Report on vaccination in the Province of Bengal - 1869-1873
Year: 1869
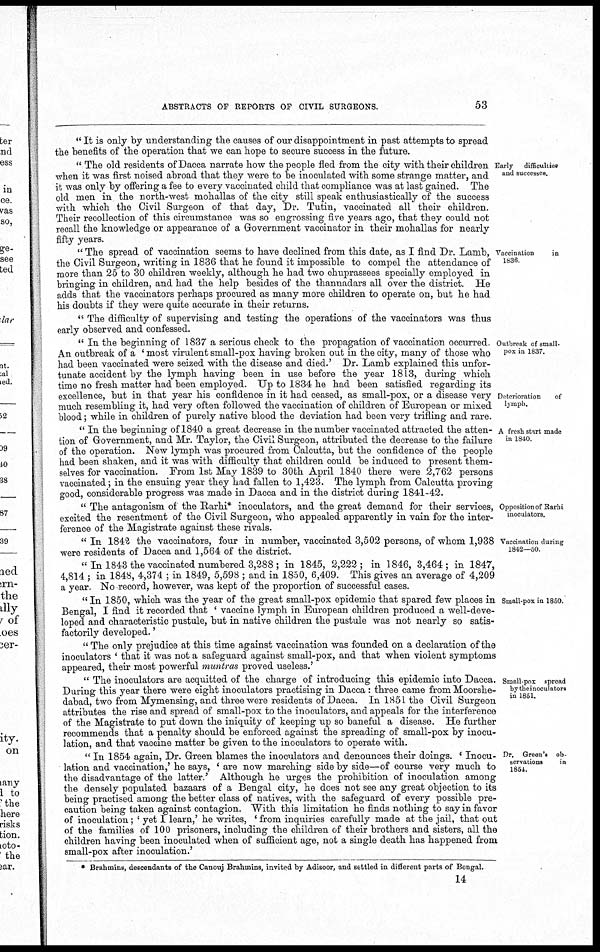
ABSTRACTS OF REPORTS OF CIVIL SURGEONS.
53
" It is only by understanding the causes of our disappointment in past attempts to spread
the benefits of the operation that we can hope to secure success in the future.
Early
difficulties
and successes.
" The old residents of Dacca narrate how the people fled from the city with their children
when it was first noised abroad that they were to be inoculated with some strange matter, and
it was only by offering a fee to every vaccinated child that compliance was at last gained. The
old men in the north-west mohallas of the city still speak enthusiastically of the success
with which the Civil Surgeon of that day, Dr. Tutin, vaccinated all their children.
Their recollection of this circumstance was so engrossing five years ago, that they could not
recall the knowledge or appearance of a Government vaccinator in their mohallas for nearly
fifty years.
Vaccination
in
1836
" The spread of vaccination seems to have declined from this date, as I find Dr. Lamb,
the Civil Surgeon, writing in 1836 that he found it impossible to compel the attendance of
more than 25 to 30 children weekly, although he had two chuprassees specially employed in
bringing in children, and had the help besides of the thannadars all over the district. He
adds that the vaccinators perhaps procured as many more children to operate on, but he had
his doubts if they were quite accurate in their returns.
" The difficulty of supervising and testing the operations of the vaccinators was thus
early observed and confessed.
Outbreak of small-
pox in 1837.
Deterioration
of
lymph.
" In the beginning of 1837 a serious check to the propagation of vaccination occurred
An outbreak of a ' most virulent small-pox having broken out in the city, many of those who
had been vaccinated were seized with the disease and died.' Dr. Lamb explained this unfor-
tunate accident by the lymph having been in use before the year 1813, during which
time no fresh matter had been employed. Up to 1834 he had been satisfied regarding its
excellence, but in that year his confidence in it had ceased, as small-pox, or a disease very
much resembling it, had very often followed the vaccination of children of European or mixed
blood; while in children of purely native blood the deviation had been very trifling and rare.
A fresh start made
in 1840.
" In the beginning of 1840 a great decrease in the number vaccinated attracted the atten-
tion of Government, and Mr. Taylor, the Civil Surgeon, attributed the decrease to the failure
of the operation. New lymph was procured from Calcutta, but the confidence of the people
had been shaken, and it was with difficulty that children could be induced to present them-
selves for vaccination. From 1st May 1839 to 30th April 1840 there were 2,762 persons
vaccinated; in the ensuing year they had fallen to 1,423. The lymph from Calcutta proving
good, considerable progress was made in Dacca and in the district during 1841-42.
Opposition of Rarhi
inoculators.
" The antagonism of the Rarhi* inoculators, and the great demand for their services,
excited the resentment of the Civil Surgeon, who appealed apparently in vain for the inter-
ference of the Magistrate against these rivals.
Vaccination during
1842—50.
" In 1842 the vaccinators, four in number, vaccinated 3,502 persons, of whom 1,938
were residents of Dacca and 1,564 of the district.
" In 1843 the vaccinated numbered 3,288 ; in 1845, 2,222; in 1846, 3,464; in 1847,
4,814 ; in 1848, 4,374 ; in 1849, 5,598 ; and in 1850, 6,409. This gives an average of 4,209
a year. No record, however, was kept of the proportion of successful cases.
Small-pox in 1850.
" In 1850, which was the year of the great small-pox epidemic that spared few places in
Bengal, I find it recorded that ' vaccine lymph in European children produced a well-deve-
loped and characteristic pustule, but in native children the pustule was not nearly so satis-
factorily developed.'
" The only prejudice at this time against vaccination was founded on a declaration of the
inoculators ' that it was not a safeguard against small-pox, and that when violent symptoms
appeared, their most powerful muntras proved useless.'
Small-pox spread
by themoculators
in 1851.
" The inoculators are acquitted of the charge of introducing this epidemic into Dacca.
During this year there were eight inoculators practising in Dacca : three came from Moorshe¬
dabad, two from Mymensing, and three were residents of Dacca. In 1851 the Civil Surgeon
attributes the rise and spread of small-pox to the inoculators, and appeals for the interference
of the Magistrate to put down the iniquity of keeping up so baneful a disease. He further
recommends that a penalty should be enforced against the spreading of small-pox by inocu-
lation, and that vaccine matter be given to the inoculators to operate with.
Dr. Green's ob-
servations
in
1854.
" In 1854 again, Dr. Green blames the inoculators and denounces their doings. ' Inocu-
lation and vaccination,' he says, ' are now marching side by side—of course very much to
the disadvantage of the latter.' Although he urges the prohibition of inoculation among
the densely populated bazaars of a Bengal city, he does not see any great objection to its
being practised among the better class of natives, with the safeguard of every possible pre-
caution being taken against contagion. With this limitation he finds nothing to say in favor
of inoculation; ' yet I learn,' he writes, ' from inquiries carefully made at the jail, that out
of the families of 100 prisoners, including the children of their brothers and sisters, all the
children having been inoculated when of sufficient age, not a single death has happened from
small-pox after inoculation.'
* Brahmins, descendants of the Canouj Brahmins, invited by Adisoor, and settled in different parts of Bengal.
14